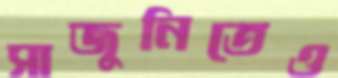
সাজুনিতেও